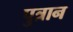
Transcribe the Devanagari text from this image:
पुत्रान